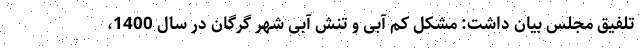
تلفیق مجلس بیان داشت: مشکل کم آبی و تنش آبی شهر گرگان در سال 1400،